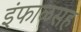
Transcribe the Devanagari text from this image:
इंफाळसह